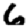
Digit: 6